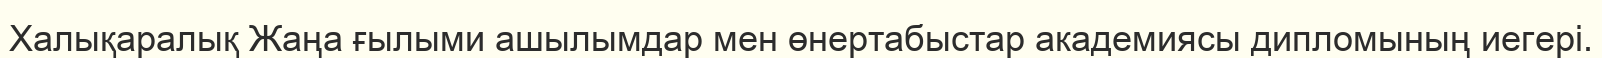
Халықаралық Жаңа ғылыми ашылымдар мен өнертабыстар академиясы дипломының иегері.